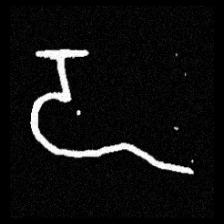
Pyu character \u2014 Myanmar letter: ဍ (romanized: dda)